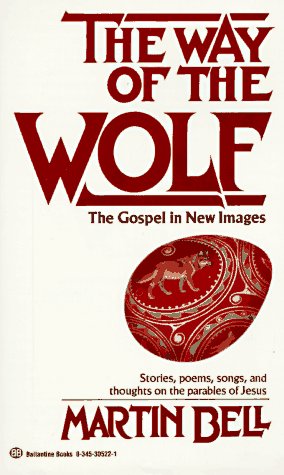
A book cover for The Way of the Wolf: The Gospel in New Images; Martin Bell; Politics & Social Sciences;